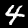
Digit: 4